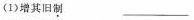
(1)增其旧制 ___________